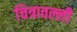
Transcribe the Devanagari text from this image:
चित्रावल्ली